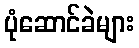
ပုံဆောင်ခဲများ